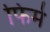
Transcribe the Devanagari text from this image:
फिर्म